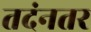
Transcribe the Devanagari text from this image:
तदंनतर